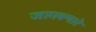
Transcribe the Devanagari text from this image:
जागवणारे